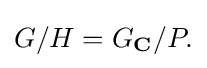
\displaystyle {G/H=G_{\mathbf {C} }/P.}